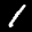
Label: 1